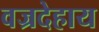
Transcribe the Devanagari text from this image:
वज्रदेहाय